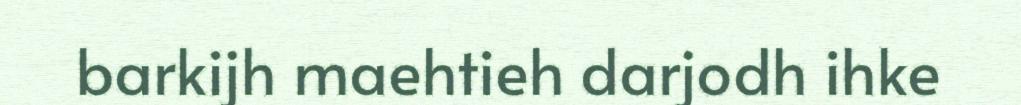
barkijh maehtieh darjodh ihke